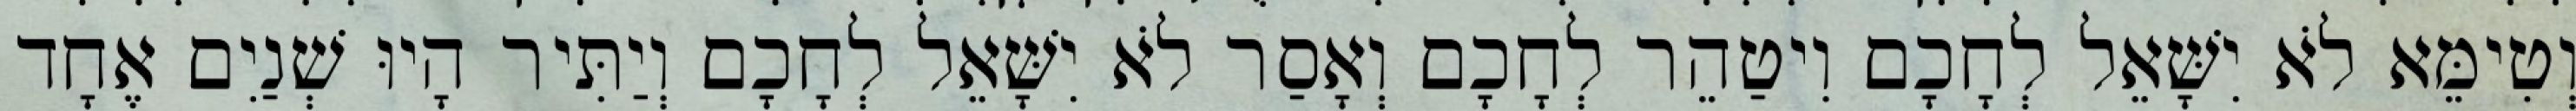
וְטִימֵּא לֹא יִשָּׁאֵל לְחָכָם וִיטַהֵר לְחָכָם וְאָסַר לֹא יִשָּׁאֵל לְחָכָם וְיַתִּיר הָיוּ שְׁנַיִם אֶחָד